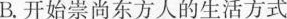
B. 开始崇尚东方人的生活方式